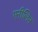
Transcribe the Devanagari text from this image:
एनीलिन